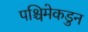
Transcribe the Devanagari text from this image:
पश्चिमेकडुन